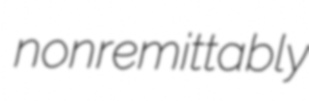
nonremittably